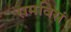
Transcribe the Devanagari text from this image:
रामविसं